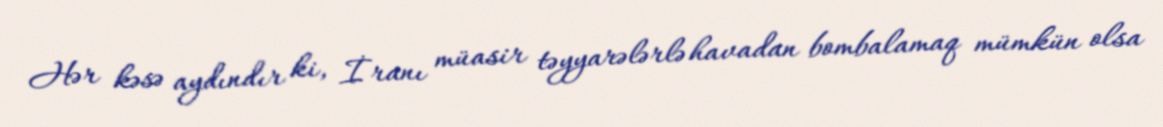
Hər kəsə aydındır ki, İranı müasir təyyarələrlə havadan bombalamaq mümkün olsa